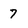
Character: 7